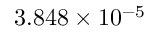
3 . 8 4 8 \times 1 0 ^ { - 5 }